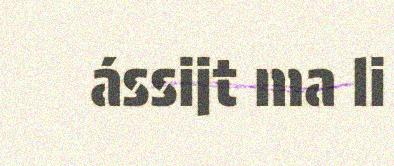
ássijt ma li